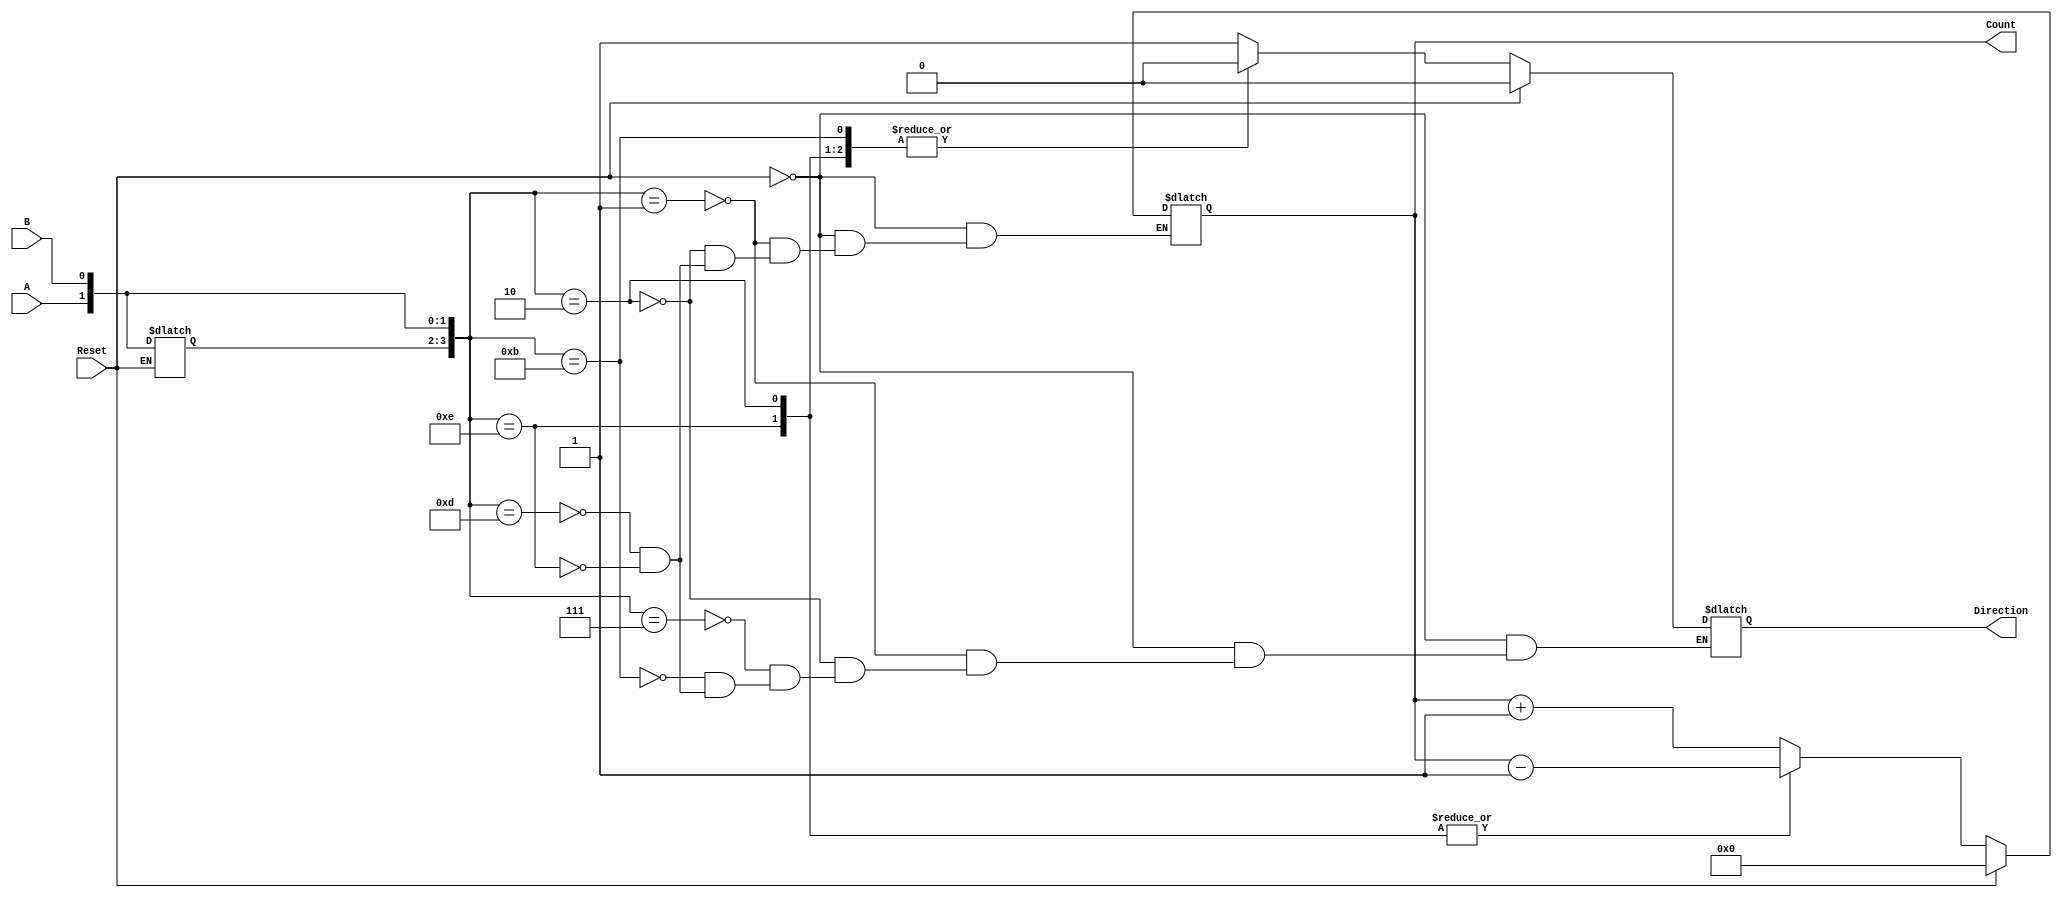
module rotary_encoder (
    input wire A,          // Encoder output A
    input wire B,          // Encoder output B
    input wire Reset,      // Reset signal
    output reg [7:0] Count, // 8-bit count output (adjust bit-width as needed)
    output reg Direction    // Direction signal (0: counterclockwise, 1: clockwise)
);

    // State encoding
    reg [1:0] current_state;
    reg [1:0] previous_state;

    // State definitions
    localparam S00 = 2'b00;
    localparam S01 = 2'b01;
    localparam S10 = 2'b10;
    localparam S11 = 2'b11;

    // State transition logic
    always @(*) begin
        if (Reset) begin
            Count = 8'b0;
            Direction = 1'b0;
            current_state = S00;
        end else begin
            // Determine current state based on A and B
            current_state = {A, B};

            // Detect state transitions and update count and direction
            case ({previous_state, current_state})
                {S00, S01}: begin // 00 -> 01
                    Count = Count + 1;
                    Direction = 1'b1; // Clockwise
                end
                {S00, S10}: begin // 00 -> 10
                    Count = Count - 1;
                    Direction = 1'b0; // Counterclockwise
                end
                {S01, S11}: begin // 01 -> 11
                    // No count change, just update direction
                    Direction = 1'b1; // Clockwise
                end
                {S10, S11}: begin // 10 -> 11
                    // No count change, just update direction
                    Direction = 1'b0; // Counterclockwise
                end
                {S11, S01}: begin // 11 -> 01
                    Count = Count + 1;
                    Direction = 1'b1; // Clockwise
                end
                {S11, S10}: begin // 11 -> 10
                    Count = Count - 1;
                    Direction = 1'b0; // Counterclockwise
                end
                default: begin
                    // No counting on other transitions
                end
            endcase

            // Update previous state for the next clock cycle
            previous_state = current_state;
        end
    end

    // Initial state
    initial begin
        Count = 8'b0;
        Direction = 1'b0;
        previous_state = S00;
    end

endmodule